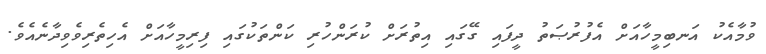
ވުމާއެކު އަނބިމީހާއަށް އެފުރުޞަތު ދީފައި ގޭގައި އިތުރަށް ކުރަންހުރި ކަންތަކުގައި ފިރިމީހާއަށް އެހިތެރިވެވިދާނެއެވެ.